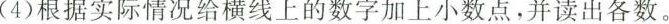
(4)根据实际情况给横线上的数字加上小数点，并读出各数。